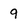
Character: 9